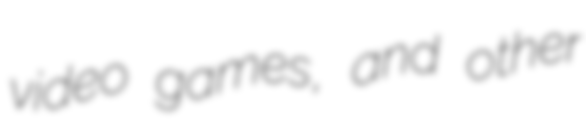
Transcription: video games, and other